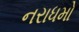
નરાધમો